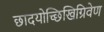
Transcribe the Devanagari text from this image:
छादयोच्छिखिग्रिवेण